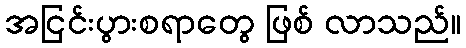
အငြင်းပွားစရာတွေ ဖြစ် လာသည်။